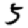
Digit: 5